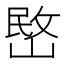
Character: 㟩